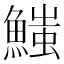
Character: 𩺉